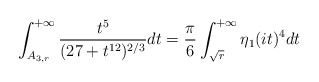
\begin{align*}\int^{+\infty}_{A_{3,r}}\frac{t^5}{(27+t^{12})^{2/3}}dt=\frac{\pi}{6}\int^{+\infty}_{\sqrt{r}}\eta_1(it)^4dt\end{align*}